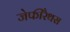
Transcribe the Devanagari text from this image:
जेफीरैथस